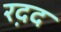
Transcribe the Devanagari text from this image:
रद़द